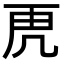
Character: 𮓙